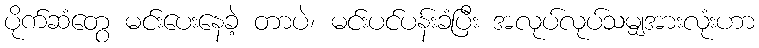
ပိုက်ဆံတွေ မင်းပေးနေခဲ့ တာပဲ၊ မင်းပင်ပန်းခံပြီး အလုပ်လုပ်သမျှအားလုံးဟာ